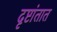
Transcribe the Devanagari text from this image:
दृष्टांतात